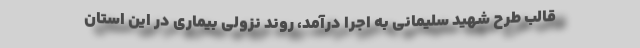
قالب طرح شهید سلیمانی به اجرا درآمد، روند نزولی بیماری در این استان